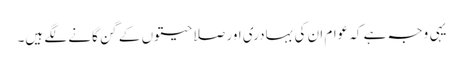
یہی وجہ ہے کہ عوام ان کی بہادری اور صلاحیتوں کے گن گانے لگے ہیں۔